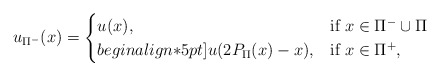
\begin{align*}u_{\Pi^-}(x) = \begin{cases}u(x), & \mbox{if $x\in\Pi^-\cup\Pi$}\\begin{align*}5pt]u(2P_{\Pi}(x)-x), & \mbox{if $x\in\Pi^+$},\end{cases}\end{align*}